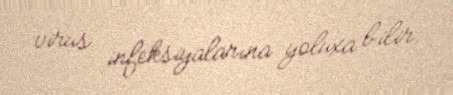
virus infeksiyalarına yoluxa bilir.